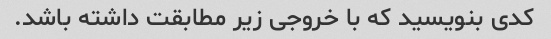
کدی بنویسید که با خروجی زیر مطابقت داشته باشد.